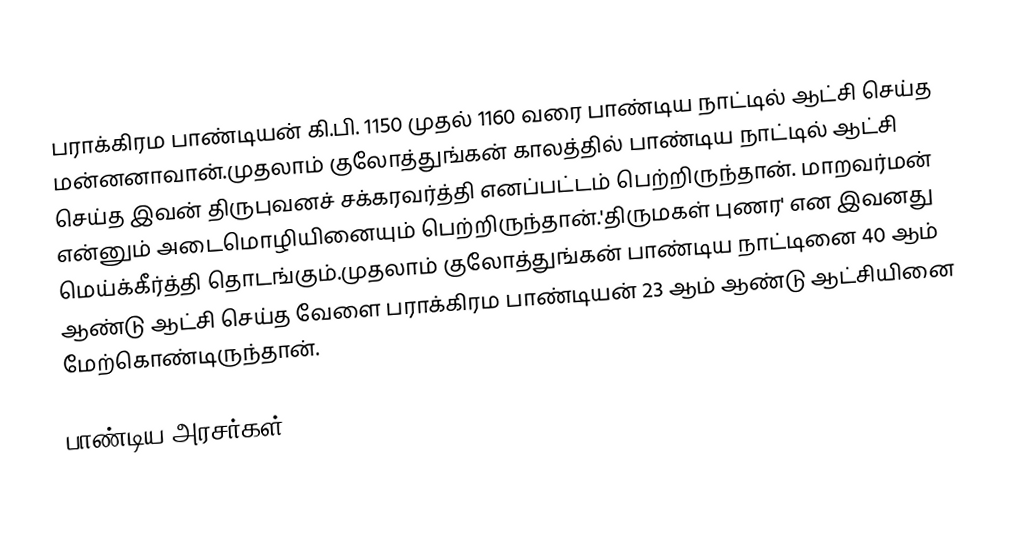
பராக்கிரம பாண்டியன் கி.பி. 1150 முதல் 1160 வரை பாண்டிய நாட்டில் ஆட்சி செய்த மன்னனாவான்.முதலாம் குலோத்துங்கன் காலத்தில் பாண்டிய நாட்டில் ஆட்சி செய்த இவன் திருபுவனச் சக்கரவர்த்தி எனப்பட்டம் பெற்றிருந்தான். மாறவர்மன் என்னும் அடைமொழியினையும் பெற்றிருந்தான்.'திருமகள் புணர' என இவனது மெய்க்கீர்த்தி தொடங்கும்.முதலாம் குலோத்துங்கன் பாண்டிய நாட்டினை 40 ஆம் ஆண்டு ஆட்சி செய்த வேளை பராக்கிரம பாண்டியன் 23 ஆம் ஆண்டு ஆட்சியினை மேற்கொண்டிருந்தான்.

பாண்டிய அரசர்கள்